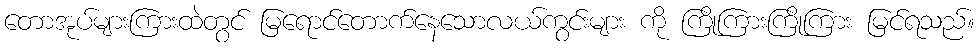
တောအုပ်များကြားထဲတွင် မြရောင်တောက်နေသောလယ်ကွင်းများ ကို ကြိုကြားကြိုကြား မြင်ရသည်။